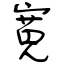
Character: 寛